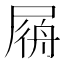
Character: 𡲟